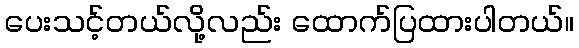
ပေးသင့်တယ်လို့လည်း ထောက်ပြထားပါတယ်။